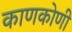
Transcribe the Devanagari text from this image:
काणकोणी